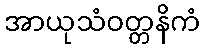
အာယုသံဝတ္တနိကံ